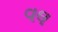
વલ